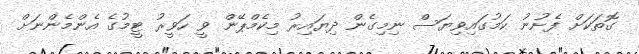
ގޮތަކަށް ފެށުނު ކަމުގައިވިޔަސް ނިމިގެން ދިޔައިރު މިކެމްޕޭން ވީ ހަވީރު ޓީމުގެ އެންމެންނަށް